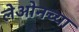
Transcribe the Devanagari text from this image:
लेओनच्या